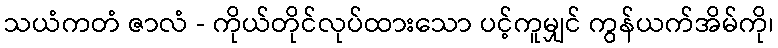
သယံကတံ ဇာလံ - ကိုယ်တိုင်လုပ်ထားသော ပင့်ကူမျှင် ကွန်ယက်အိမ်ကို၊